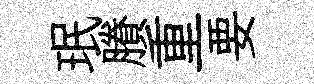
珉賸重要